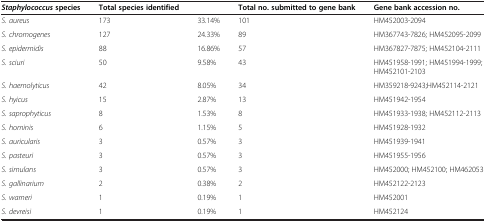
| Staphylococcusspecies | Total species identified |  | Total no. submitted to gene bank | Gene bank accession no. |
 | --- | --- | --- | --- | --- |
 | S. aureus | 173 | 33.14% | 101 | HM452003-2094 |
 | S. chromogenes | 127 | 24.33% | 89 | HM367743-7826; HM452095-2099 |
 | S. epidermidis | 88 | 16.86% | 57 | HM367827-7875; HM452104-2111 |
 | S. sciuri | 50 | 9.58% | 43 | HM451958-1991; HM451994-1999; HM452101-2103 |
 | S. haemolyticus | 42 | 8.05% | 34 | HM359218-9243;HM452114-2121 |
 | S. hyicus | 15 | 2.87% | 13 | HM451942-1954 |
 | S. saprophyticus | 8 | 1.53% | 8 | HM451933-1938; HM452112-2113 |
 | S. hominis | 6 | 1.15% | 5 | HM451928-1932 |
 | S. auricularis | 3 | 0.57% | 3 | HM451939-1941 |
 | S. pasteuri | 3 | 0.57% | 3 | HM451955-1956 |
 | S. simulans | 3 | 0.57% | 3 | HM452000; HM452100; HM462053 |
 | S. gallinarium | 2 | 0.38% | 2 | HM452122-2123 |
 | S. warneri | 1 | 0.19% | 1 | HM452001 |
 | S. devreisi | 1 | 0.19% | 1 | HM452124 |